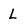
Character: L